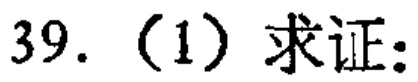
39. (1) 求证: